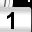
Digit: 1